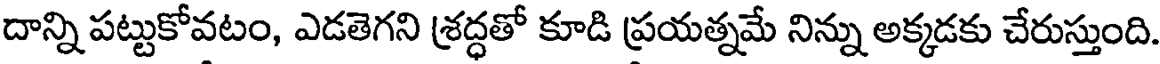
దాన్ని పట్టుకోవటం, ఎడతెగని శ్రద్ధతో కూడి ప్రయత్నమే నిన్ను అక్కడకు చేరుస్తుంది.